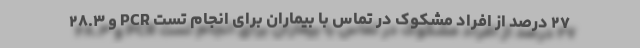
۲۷ درصد از افراد مشکوک در تماس با بیماران برای انجام تست PCR و ۲۸.۳